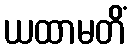
ယထာမတိံ